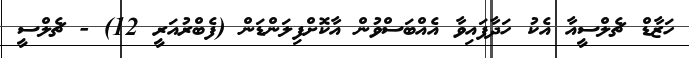
ހަޒާޑް ޗެލްސީއާ އެކު ހަދާފައިވާ އެއްބަސްވުން އާކޮށްފިލަންޑަން (ފެބްރުއަރީ 12) - ޗެލްސީ